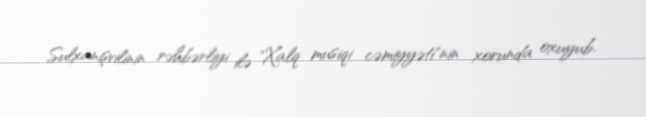
Sulxanişvilinin rəhbərliyi ilə "Xalq musiqi cəmiyyəti"nin xorunda oxuyub.